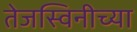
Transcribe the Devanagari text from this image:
तेजस्विनीच्या